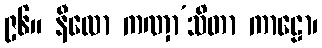
၉၆။ နီလော ကဏှာ’သိတာ ကာဠော၊